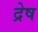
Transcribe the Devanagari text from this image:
द्रेष